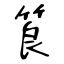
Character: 筤